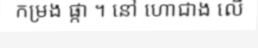
កម្រង ផ្កា ។ នៅ ហោជាង លើ